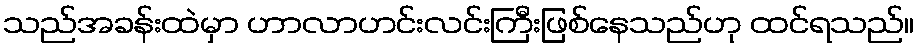
သည်အခန်းထဲမှာ ဟာလာဟင်းလင်းကြီးဖြစ်နေသည်ဟု ထင်ရသည်။